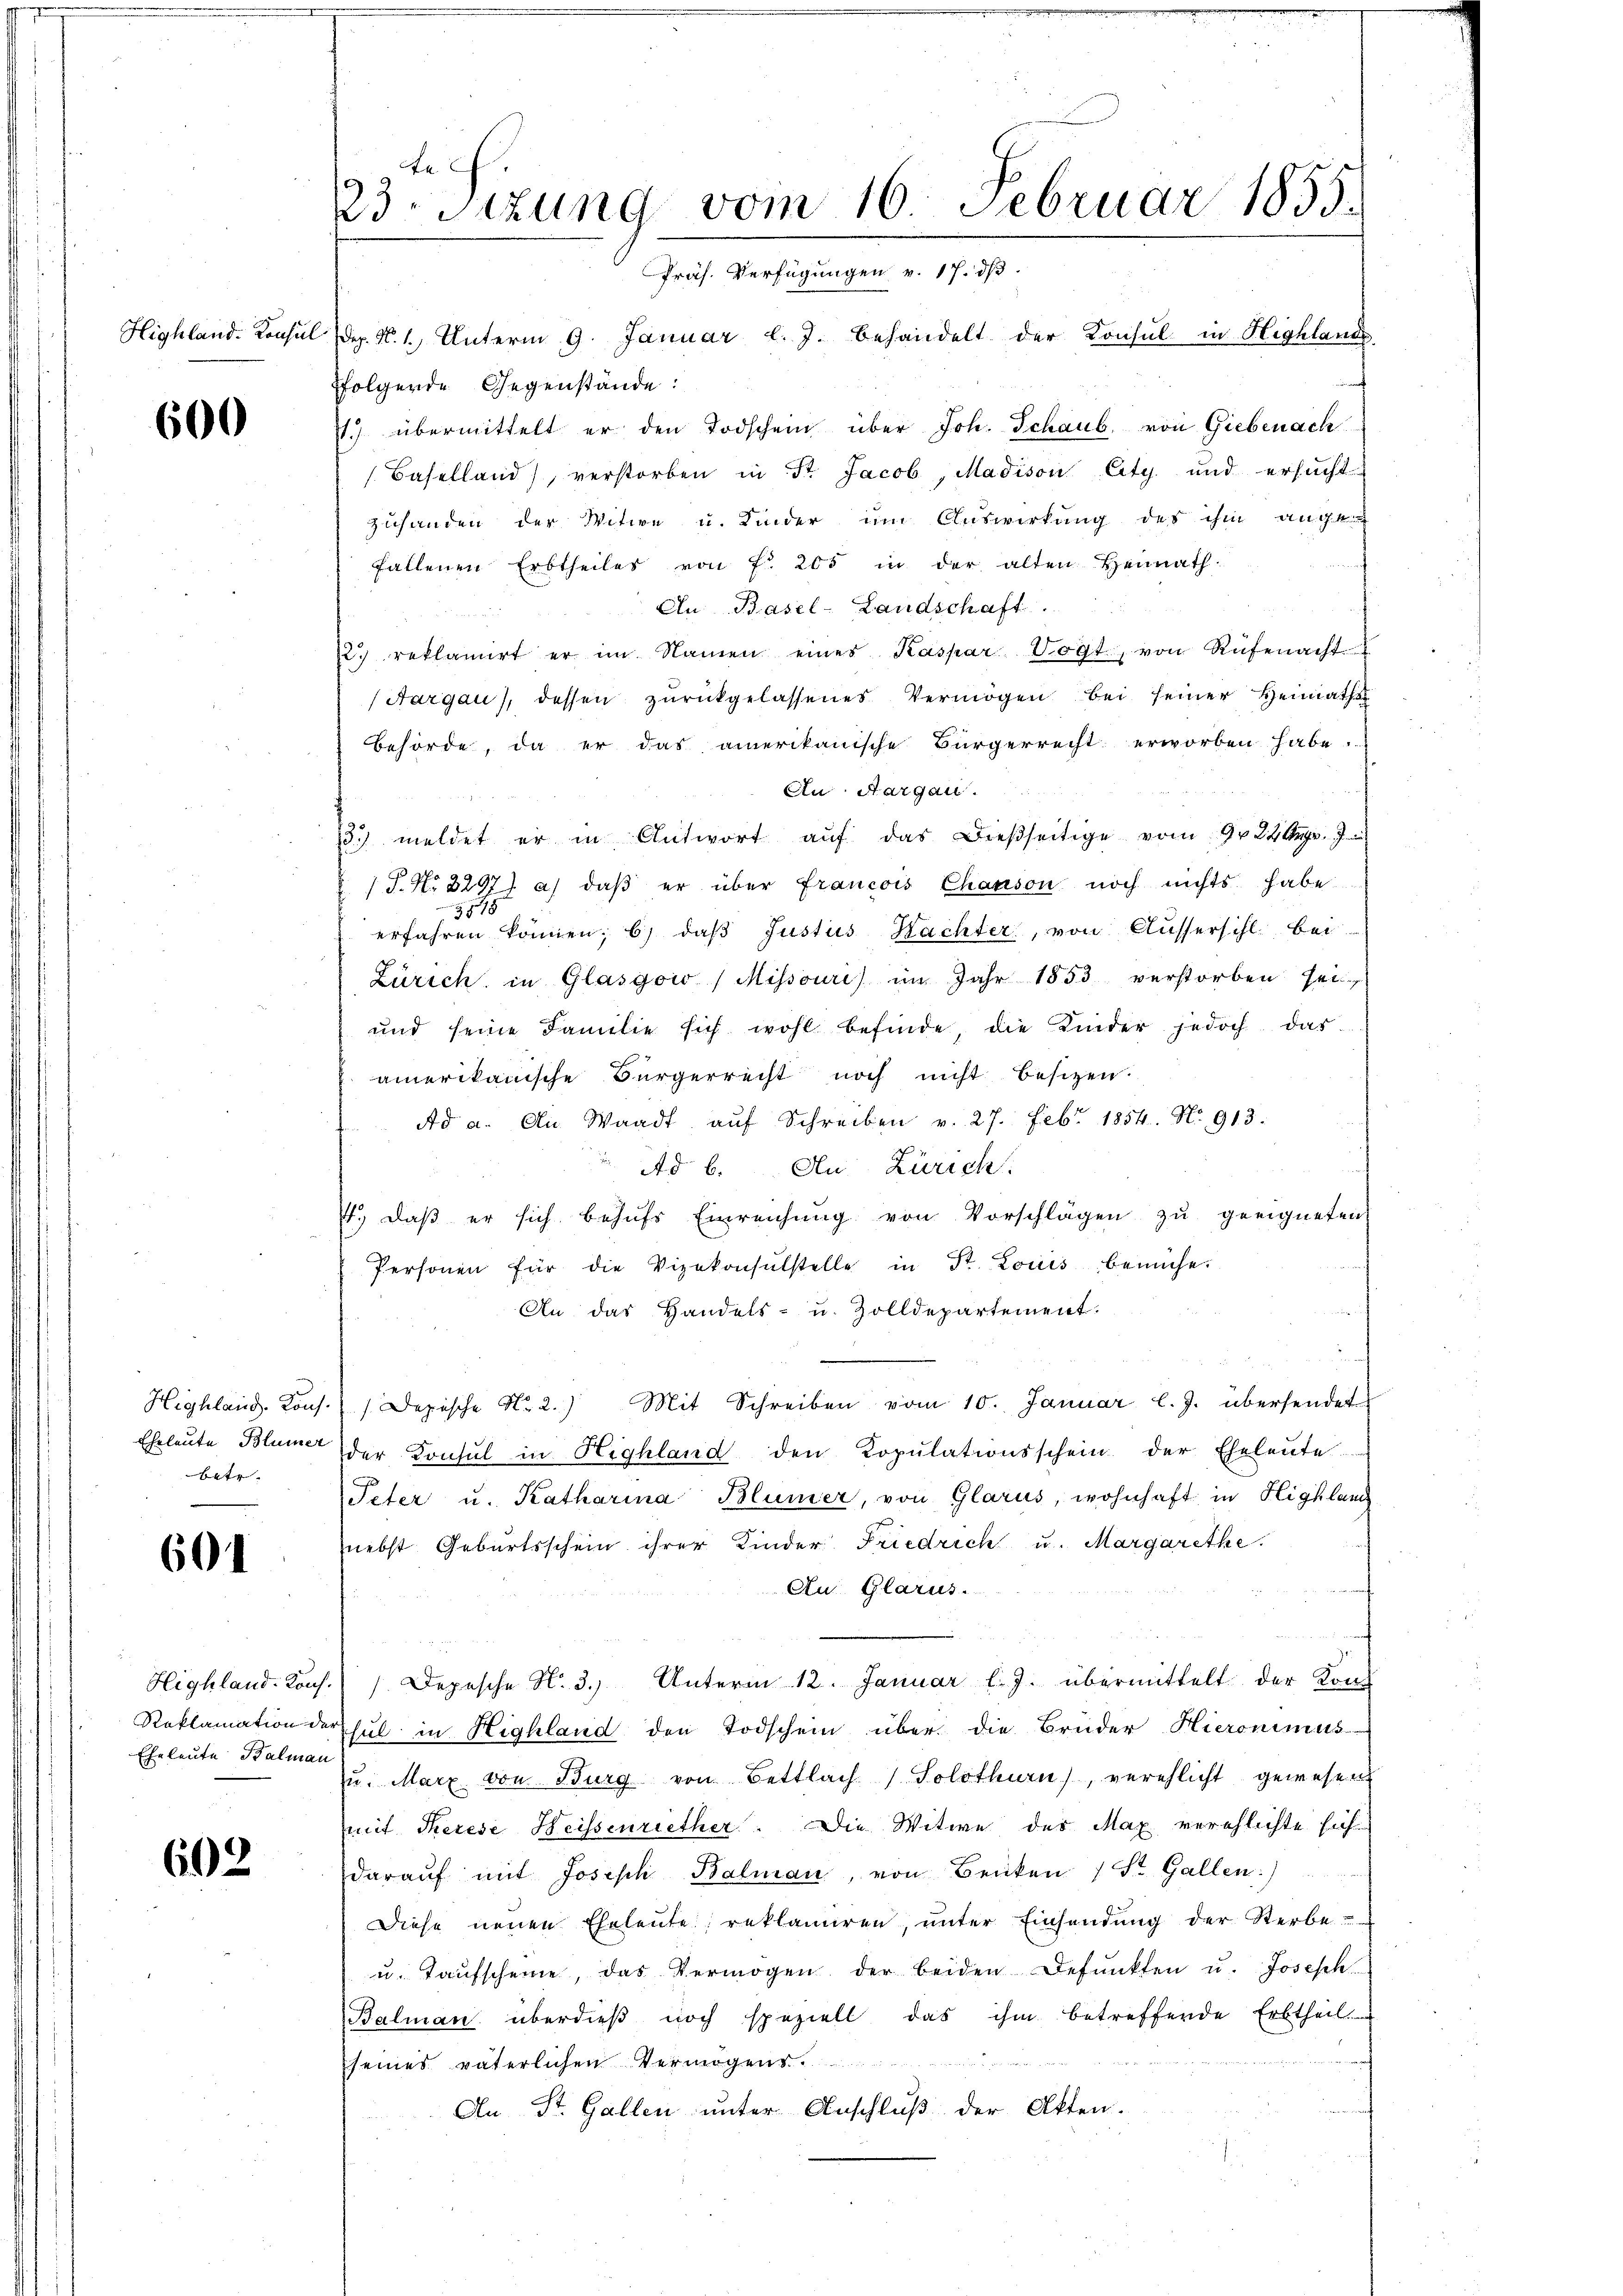
600

Highland. Kons.
Eheleute Blümer
batr.

601

Eheleute Balman

602

te
23. Sitzung vom 16. Februar 1855.
Präs. Verfügungen v. 17. ds.
Highland. Konsul dez. N. 1. Unterm 9. Januar l. J. behandelt der Konsul in Highland

folgende Gegenstände:
. übermittelt er den Todschein über Joh. Schaub von Giebenach
(Baselland), verstorben in St. Jacob, Madison City und ersucht
zuhanden der Witwe u. Kinder um Auswirkung des ihm ange
fallenen Erbtheiles von fr. 205 in der alten Heimath-
An Basel-Landschaft.
12. reklamirt er im Namen eines Kaspar Vogt, von Rüfenacht
(Aargau, dessen zŭrückgelassenes Vermögen bei seiner Heimaths
Behörde, da er das amerikanische Bürgerrecht erworben habe.
An Aargau.
3. meldet er in Antwort aŭf das dießseitige vom 9. 24 Aug. 7
P. Nr. 3297) a) daβ er über Francois Chanson noch nichts habe
8
erfahren können; b) daß Justus Kachter, von Aussersihl bei
Zürich in Glasgoi / Missouri) im Jahr 1853 verstorben sei
und seine Familie sich wohl befinde, die Kinder jedoch das
amerikanische Bürgerrecht noch nicht besizen.
Ad a. An Waadt, aŭf Schreiben v. 27. Febr. 1854. No. 913.
Ad b. An Zürich
t., daß er sich behŭfs Einreichŭng von Vorschlägen zu geeigneten
Personen für die Vizekonsulstelle in Dr. Louis bemühe.
An das Handels- u. Zolldepartement.
Depische No. 2.) Mit Schreiben vom 10. Januar l. J. übersendet
der Konsul in Highland den Kopŭlationsschein der Eheleute
Peter u. Katharina Blümer, von Glarus, wohnhaft in Highlang
nebst Geburtsschein ihrer Kinder Friedrich u. Margarethe.
An Glarus.
Highland. Kons. Depesche N. 3.) Unterm 12. Januar l. J. übermittelt der Kind
Reklamation der sul in Highland den Todschein über die Brüder Hieronimus
u. Marx von Burg von Bettlach Solothurn), verehlicht gewesen
mit Therese Heissenriether. Die Witwe des Max verschlichte sich
darauf mit Joseph Balman, von Benken (St. Gallen)
Diese neuen Eheleute reklamiren, unter Einsendung der Sterbe
u. Taufscheine, das Vermögen der beiden Defŭnkten u. Joseph
Balman überdieβ noch speziell das ihm betreffende Erbtheil
seines väterlichen Vermögens
An St. Gallen unter Anschluß der Akten.